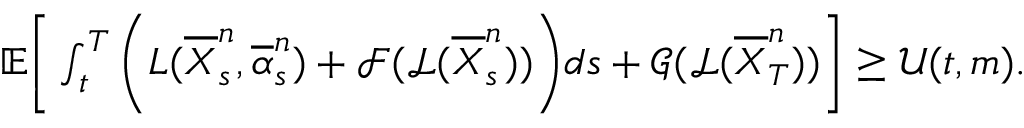
\begin{array} { r } { { \mathbb E } \bigg [ \int _ { t } ^ { T } \bigg ( L ( \overline { { X } } _ { s } ^ { n } , \overline { { \alpha } } _ { s } ^ { n } ) + \mathcal { F } ( \mathcal { L } ( \overline { { X } } _ { s } ^ { n } ) ) \bigg ) d s + \mathcal { G } ( \mathcal { L } ( \overline { { X } } _ { T } ^ { n } ) ) \bigg ] \ge \mathcal { U } ( t , m ) . } \end{array}